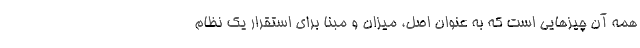
همه آن چیزهایی است که به عنوان اصل، میزان و مبنا برای استقرار یک نظام